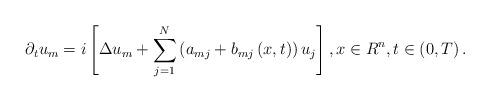
LaTeX: \begin{align*}\partial _{t}u_{m}=i\left[ \Delta u_{m}+\sum\limits_{j=1}^{N}\left(a_{mj}+b_{mj}\left( x,t\right) \right) u_{j}\right] ,x\in R^{n},t\in \left( 0,T\right) . \end{align*}